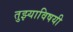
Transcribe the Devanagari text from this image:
तुझ्याविषयी